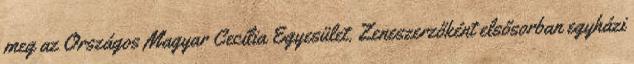
meg az Országos Magyar Cecília Egyesület. Zeneszerzőként elsősorban egyházi